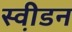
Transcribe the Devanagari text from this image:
स्वी़डन